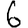
Digit: 6